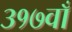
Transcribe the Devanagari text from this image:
३१७वाँ